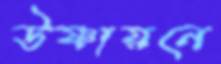
উষ্ণায়নে